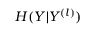
H ( Y | Y ^ { ( l ) } )